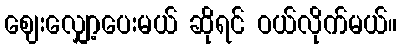
ဈေးလျှော့ပေးမယ် ဆိုရင် ဝယ်လိုက်မယ်။